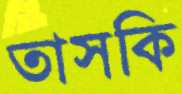
তাসকি